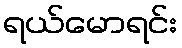
ရယ်မောရင်း